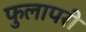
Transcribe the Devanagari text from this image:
फुलापरी